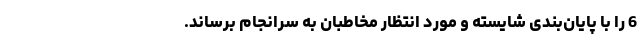
6 را با پایان‌بندی شایسته و مورد انتظار مخاطبان به سرانجام برساند.